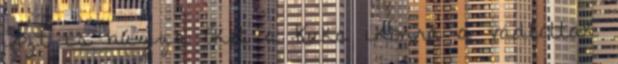
Azt is húzza őket a Kuka ikonra a vádlottak